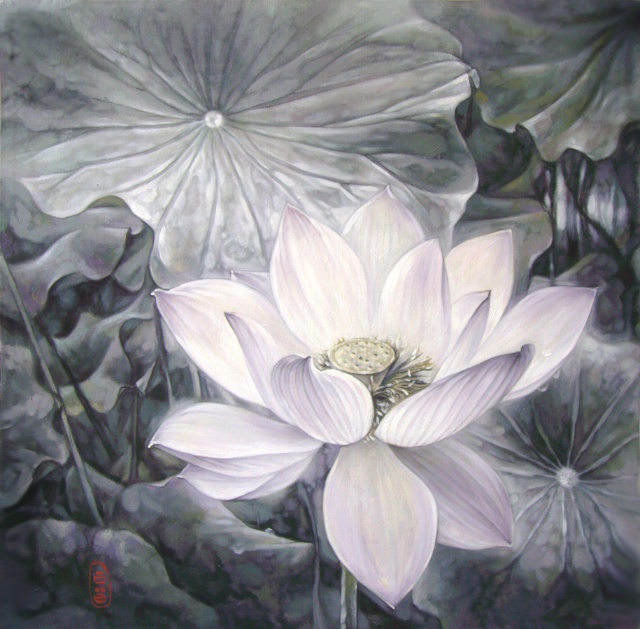
蛾眉淡了教谁画？瘦岩岩羞戴石榴花。